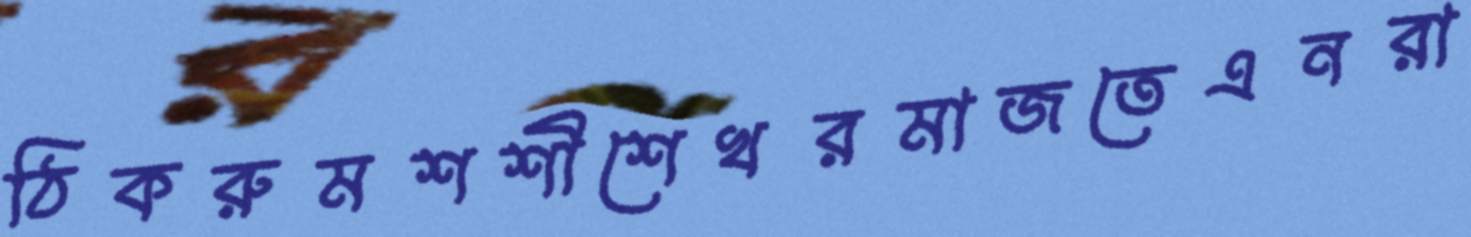
ঠিকরুমশশীশেখরমাজতেএনরা